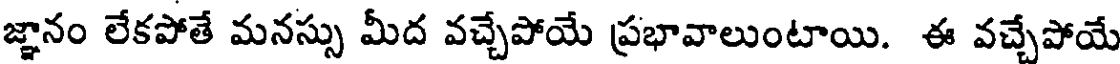
జ్ఞానం లేకపోతే మనస్సు మీద వచ్చేపోయే ప్రభావాలుంటాయి. ఈ వచ్చేపోయే